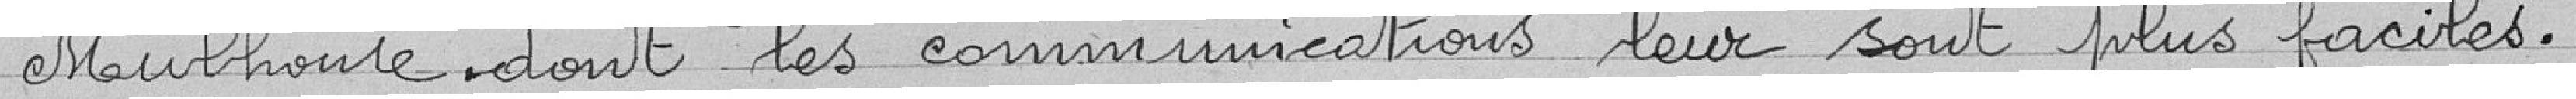
Mulhouse dont les communications leurs sont plus faciles.